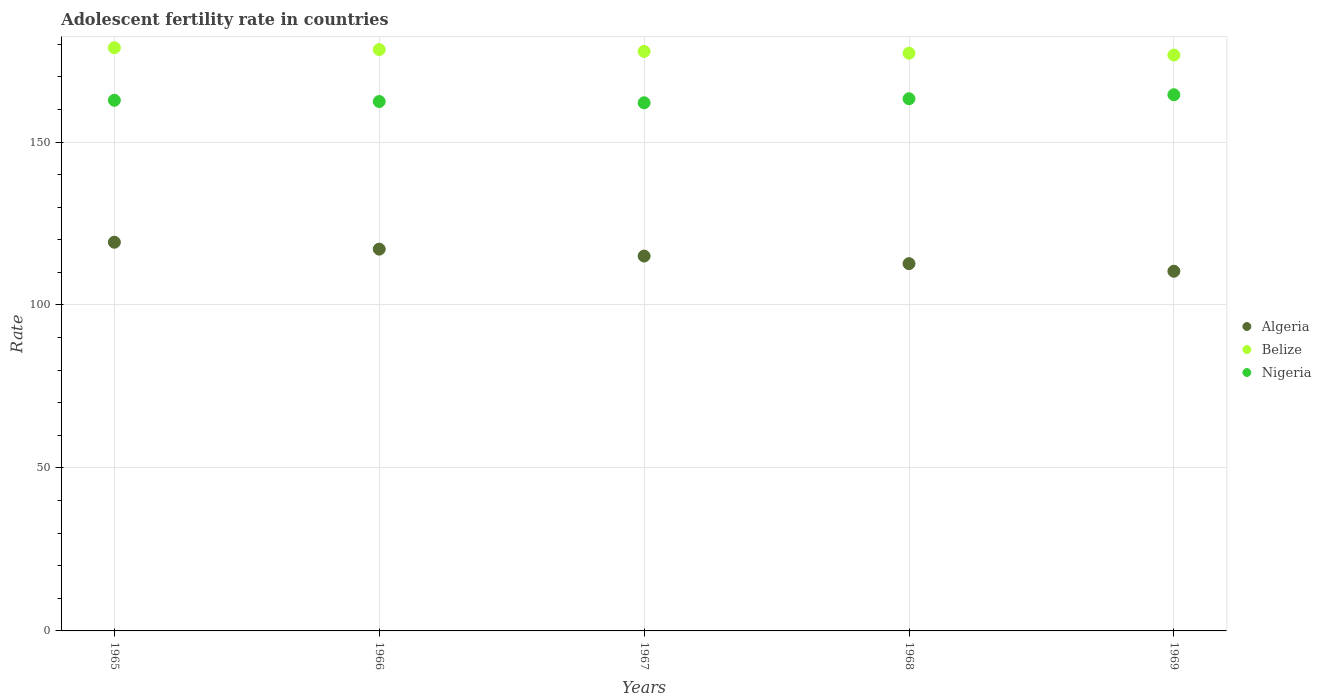
| Years | Algeria | Belize | Nigeria |
 | --- | --- | --- | --- |
 | 1965 | 119 | 179 | 163 |
 | 1966 | 117 | 178 | 162 |
 | 1967 | 115 | 178 | 162 |
 | 1968 | 113 | 177 | 163 |
 | 1969 | 110 | 177 | 165 |